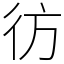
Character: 彷